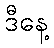
ဒီနေ့